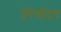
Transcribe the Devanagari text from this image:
टेरॅमीटर